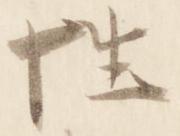
性